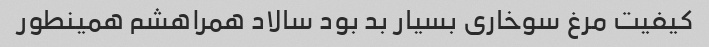
کیفیت مرغ سوخاری بسیار بد بود سالاد همراهشم همینطور